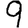
Digit: 9